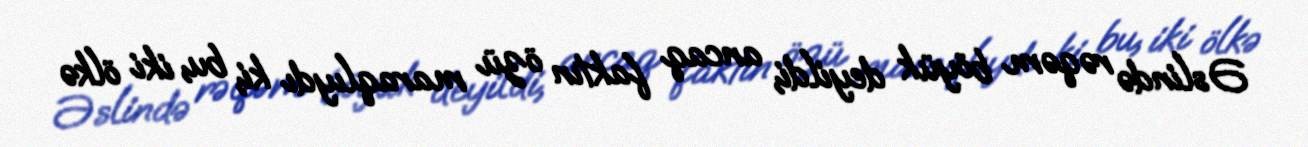
Əslində rəqəm böyük deyildi, ancaq faktın özü maraqlıydı ki, bu, iki ölkə